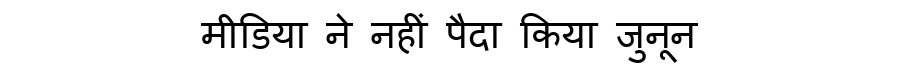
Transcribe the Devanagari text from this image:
मीडिया ने नहीं पैदा किया जुनून